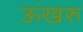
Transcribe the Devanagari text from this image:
ऊंखरु